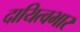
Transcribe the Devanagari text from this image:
दायित्वभार